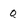
Character: 0